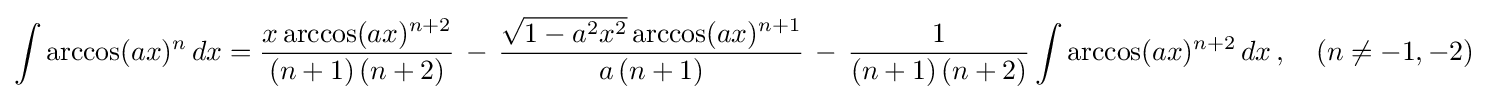
\int \arccos(ax)^{n}\,dx={\frac {x\arccos(ax)^{n+2}}{(n+1)\,(n+2)}}\,-\,{\frac {{\sqrt {1-a^{2}x^{2}}}\arccos(ax)^{n+1}}{a\,(n+1)}}\,-\,{\frac {1}{(n+1)\,(n+2)}}\int \arccos(ax)^{n+2}\,dx\,,\quad (n\neq -1,-2)